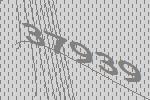
37939